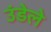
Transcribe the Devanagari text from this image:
उंडेले